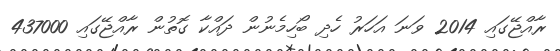
ރާއްޖޭގައި 2014 ވަނަ އަހަރު ހެދި ބޯހިމެނުން ދައްކާ ގޮތުން ރާއްޖޭގައި 437000